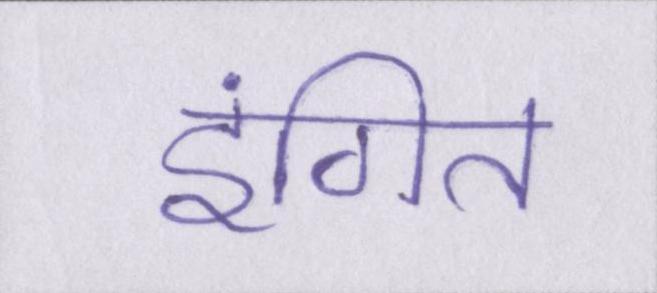
इंगित